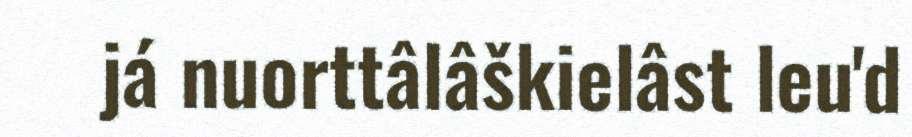
já nuorttâlâškielâst leu'd